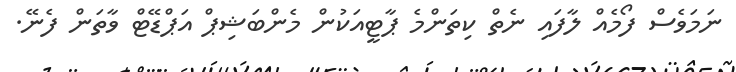
ނަމަވެސް ފޯމެއް ލާފައި ނެތް ކިތަންމެ ޕާޓީއަކުން މެންބަޝިޕް އަޕްޑޭޓް ވާތަން ފެނޭ.